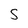
Character: 5